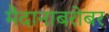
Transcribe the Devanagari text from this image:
मैदानाबरोबर